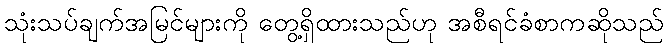
သုံးသပ်ချက်အမြင်များကို တွေ့ရှိထားသည်ဟု အစီရင်ခံစာကဆိုသည်